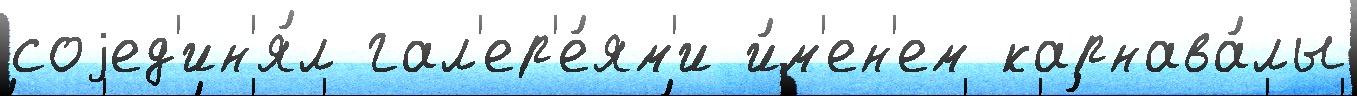
соjед'ин'я́л гал'ер'е́ям'и и́м'ен'ем карнава́лы